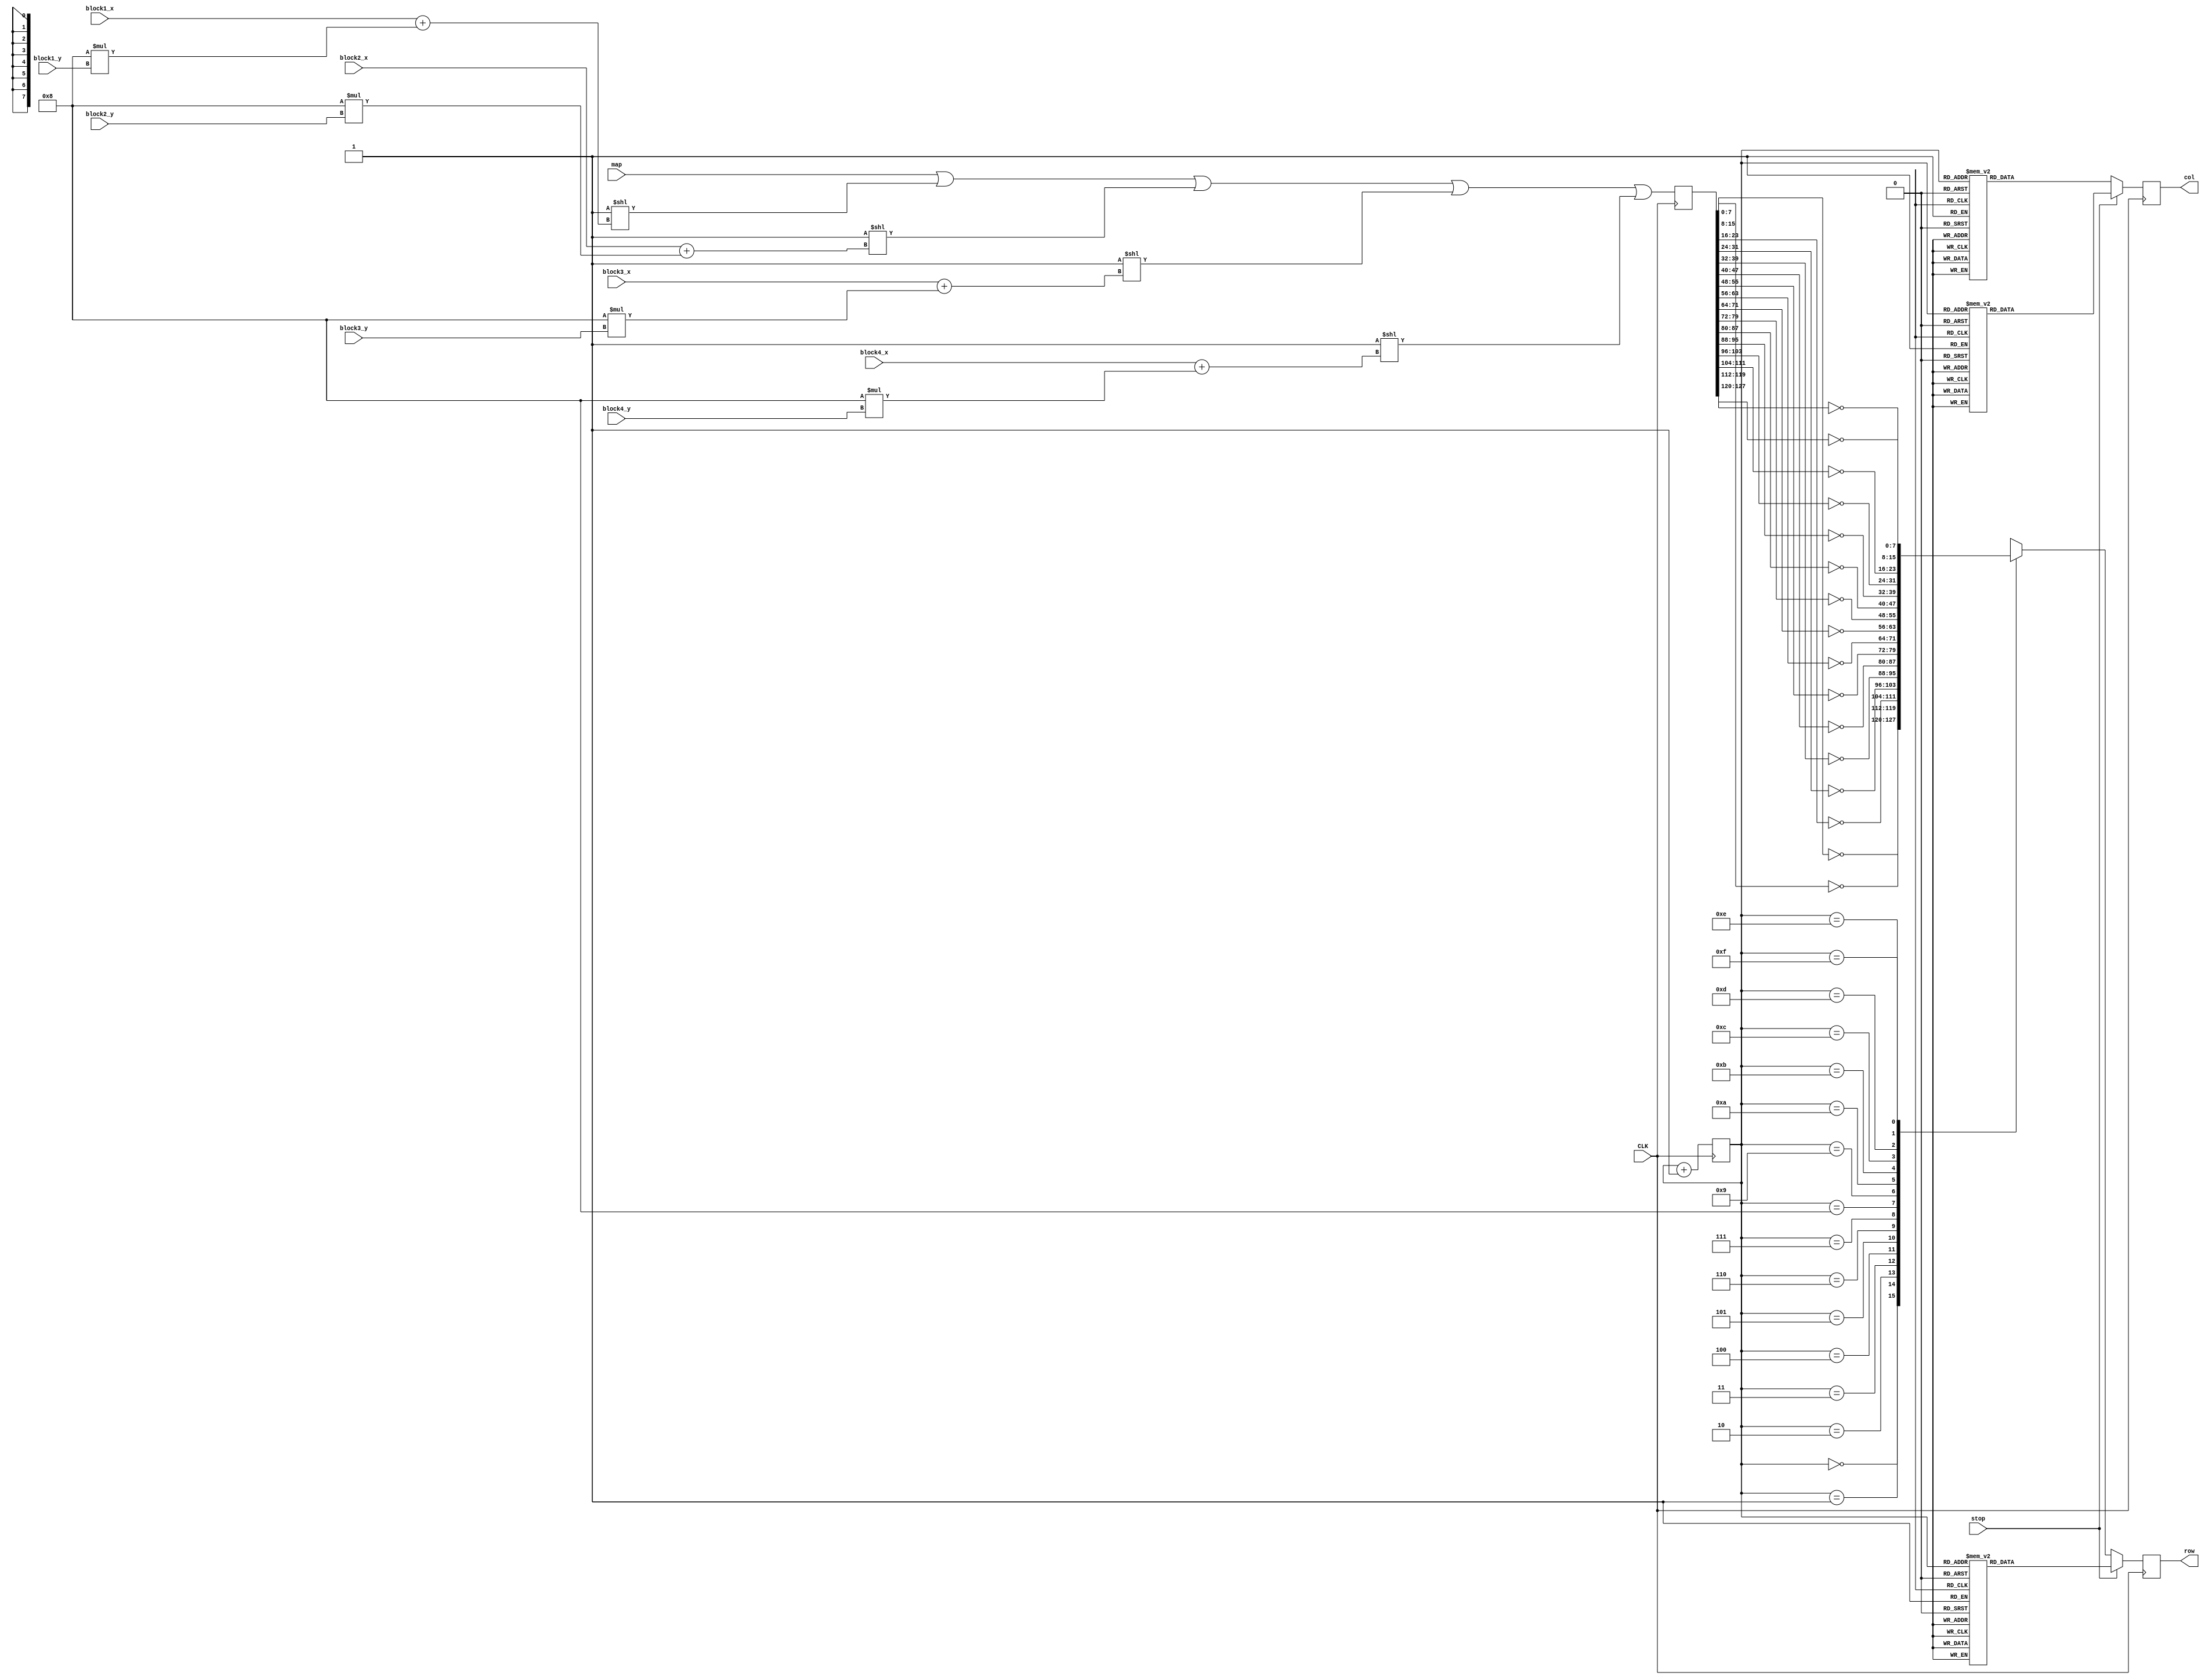
module board_display(CLK,map,stop,block1_x,block1_y,block2_x,block2_y,block3_x,block3_y,block4_x,block4_y,row,col);
	input CLK;
	input stop;
	input [2:0] block1_x,block2_x,block3_x,block4_x;//x
	input [3:0] block1_y,block2_y,block3_y,block4_y;//y
	input [127:0] map;
	output reg [7:0] row;
	output reg [15:0] col;
	reg [127:0] t_map;
	reg [3:0] col_count;
	always@(posedge CLK)
	begin
		t_map <= map | (1 << (block1_x+8*block1_y)) | (1 << (block2_x+8*block2_y)) | (1 << (block3_x+8*block3_y)) | (1 << (block4_x+8*block4_y));
		col_count <= col_count + 1;
		if(!stop) begin
			case(col_count)
				4'd0 : col <= 16'b1000000000000000;
				4'd1 : col <= 16'b0100000000000000;
				4'd2 : col <= 16'b0010000000000000;
				4'd3 : col <= 16'b0001000000000000;
				4'd4 : col <= 16'b0000100000000000;
				4'd5 : col <= 16'b0000010000000000;
				4'd6 : col <= 16'b0000001000000000;
				4'd7 : col <= 16'b0000000100000000;
				4'd8 : col <= 16'b0000000010000000;
				4'd9 : col <= 16'b0000000001000000;
				4'd10: col <= 16'b0000000000100000;
				4'd11: col <= 16'b0000000000010000;
				4'd12: col <= 16'b0000000000001000;
				4'd13: col <= 16'b0000000000000100;
				4'd14: col <= 16'b0000000000000010;
				4'd15: col <= 16'b0000000000000001;
				default : col <= 16'b0000000000000000;
			endcase
			case(col_count)
				4'd0 : row <= ~(t_map[7:0]);
				4'd1 : row <= ~(t_map[15:8]);
				4'd2 : row <= ~(t_map[23:16]);
				4'd3 : row <= ~(t_map[31:24]);
				4'd4 : row <= ~(t_map[39:32]);
				4'd5 : row <= ~(t_map[47:40]);
				4'd6 : row <= ~(t_map[55:48]);
				4'd7 : row <= ~(t_map[63:56]);
				4'd8 : row <= ~(t_map[71:64]);
				4'd9 : row <= ~(t_map[79:72]);
				4'd10: row <= ~(t_map[87:80]);
				4'd11: row <= ~(t_map[95:88]);
				4'd12: row <= ~(t_map[103:96]);
				4'd13: row <= ~(t_map[111:104]);
				4'd14: row <= ~(t_map[119:112]);
				4'd15: row <= ~(t_map[127:120]);
				default : row <= 8'd0;
			endcase
		end // if not stop
		else begin
			case(col_count)
				4'd0 : col <= 16'b1000000000000000;
				4'd1 : col <= 16'b0100000000000000;
				4'd2 : col <= 16'b0010000000000000;
				4'd3 : col <= 16'b0001000000000000;
				4'd4 : col <= 16'b0000100000000000;
				4'd5 : col <= 16'b0000010000000000;
				4'd6 : col <= 16'b0000001000000000;
				4'd7 : col <= 16'b0000000100000000;
				4'd8 : col <= 16'b0000000010000000;
				4'd9 : col <= 16'b0000000001000000;
				4'd10: col <= 16'b0000000000100000;
				4'd11: col <= 16'b0000000000010000;
				4'd12: col <= 16'b0000000000001000;
				4'd13: col <= 16'b0000000000000100;
				4'd14: col <= 16'b0000000000000010;
				4'd15: col <= 16'b0000000000000001;
				default : col <= 16'b0000000000000000;
			endcase
			case(col_count)
				4'd0 : row <= 8'b11111111;
				4'd1 : row <= 8'b11111101;
				4'd2 : row <= 8'b00010000;
				4'd3 : row <= 8'b01010101;
				4'd4 : row <= 8'b01010101;
				4'd5 : row <= 8'b00010110;
				4'd6 : row <= 8'b11111111;
				4'd7 : row <= 8'b11111111;
				4'd8 : row <= 8'b11111111;
				4'd9 : row <= 8'b01010110;
				4'd10: row <= 8'b01010111;
				4'd11: row <= 8'b00000010;
				4'd12: row <= 8'b01010111;
				4'd13: row <= 8'b01010110;
				4'd14: row <= 8'b11111111;
				4'd15: row <= 8'b11111111;
				default : row <= 8'd0;
			endcase
		end // if stop
	end
endmodule